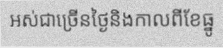
អស់ជាច្រើនថ្ងៃនិងកាលពីខែធ្នូ